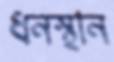
ধনস্থান